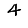
Digit: 4